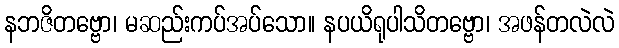
နဘဇိတဗ္ဗော၊ မဆည်းကပ်အပ်သော။ နပယိရုပါသိတဗ္ဗော၊ အဖန်တလဲလဲ